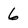
Character: 6